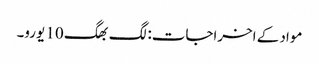
مواد کے اخراجات: لگ بھگ 10 یورو۔